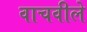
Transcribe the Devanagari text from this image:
वाचवीले